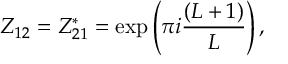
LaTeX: { \cal Z } _ { 1 2 } = { \cal Z } _ { 2 1 } ^ { * } = \exp \left( \pi i \frac { ( L + 1 ) } { L } \right) ,